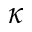
\kappa